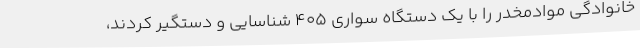
خانوادگی موادمخدر را با یک دستگاه سواری 405 شناسایی و دستگیر کردند،